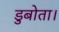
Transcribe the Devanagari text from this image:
डुबोता।